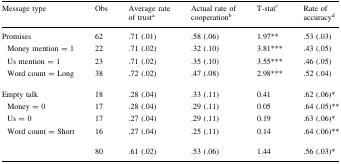
<table><thead><tr><td><b>Message type</b></td><td><b>Obs</b></td><td><b>Average rate of trust<sup>a</sup></b></td><td><b>Actual rate of cooperation<sup>b</sup></b></td><td><b>T-stat<sup>c</sup></b></td><td><b>Rate of accuracy<sup>d</sup></b></td></tr></thead><tbody><tr><td>Promises</td><td>62</td><td>.71 (.01)</td><td>.58 (.06)</td><td>1.97**</td><td>.53 (.03)</td></tr><tr><td> Money mention = 1</td><td>22</td><td>.71 (.02)</td><td>.32 (.10)</td><td>3.81***</td><td>.43 (.05)</td></tr><tr><td> Us mention = 1</td><td>23</td><td>.71 (.02)</td><td>.35 (.10)</td><td>3.55***</td><td>.46 (.05)</td></tr><tr><td> Word count = Long</td><td>38</td><td>.72 (.02)</td><td>.47 (.08)</td><td>2.98***</td><td>.52 (.04)</td></tr><tr><td>Empty talk</td><td>18</td><td>.28 (.04)</td><td>.33 (.11)</td><td>0.41</td><td>.62 (.06)*</td></tr><tr><td> Money = 0</td><td>17</td><td>.28 (.04)</td><td>.29 (.11)</td><td>0.05</td><td>.64 (.05)**</td></tr><tr><td> Us = 0</td><td>17</td><td>.27 (.04)</td><td>.29 (.11)</td><td>0.19</td><td>.63 (.06)*</td></tr><tr><td> Word count = Short</td><td>16</td><td>.27 (.04)</td><td>.25 (.11)</td><td>0.14</td><td>.64 (.06)**</td></tr><tr><td></td><td>80</td><td>.61 (.02)</td><td>.53 (.06)</td><td>1.44</td><td>.56 (.03)*</td></tr></tbody></table>